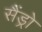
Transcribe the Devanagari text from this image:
सैंड्रो